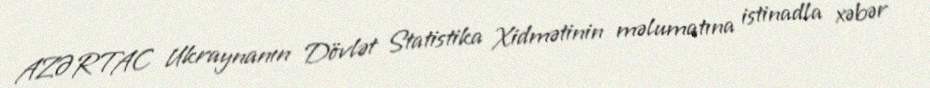
AZƏRTAC Ukraynanın Dövlət Statistika Xidmətinin məlumatına istinadla xəbər